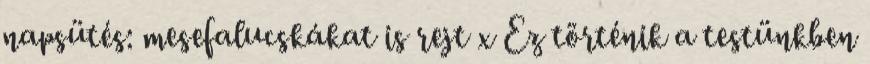
napsütés: mesefalucskákat is rejt x Ez történik a testünkben